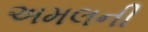
અમલની